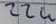
Text: 22u